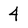
Character: 4